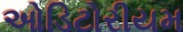
ઓડિટોરીયમ